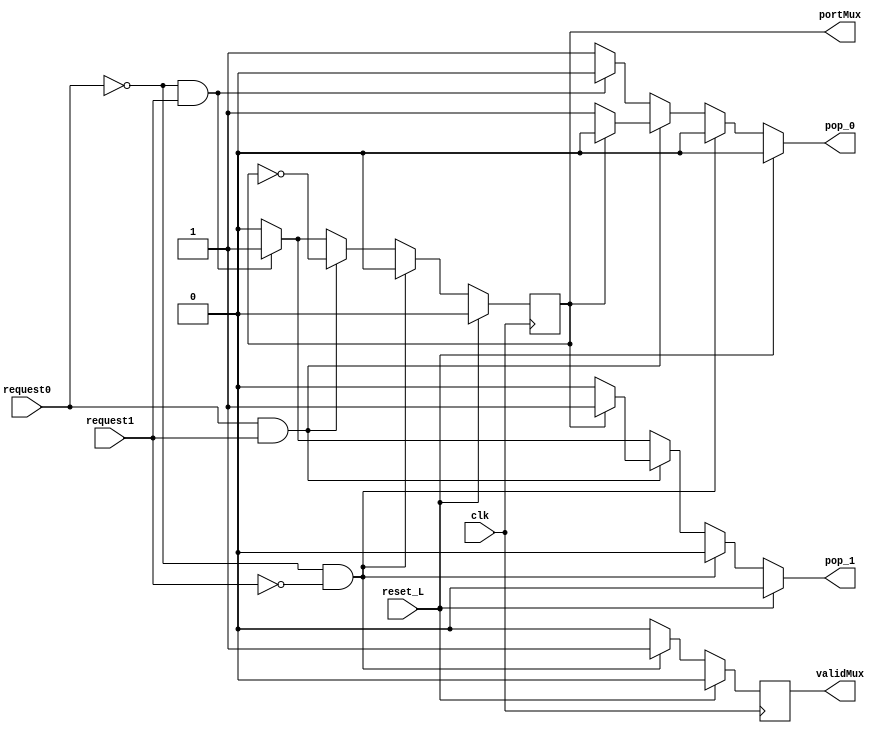
module roundRobin ( input clk,
                    input reset_L,
                    input request0,
                    input request1,
                    output reg portMux,
                    output reg validMux,
                    output reg pop_0,
                    output reg pop_1);

  reg valid;
  always @ (posedge clk) begin
    if (reset_L) begin
      portMux <= 0;
      validMux <= 0;
    end
    else begin
      if(valid) begin
        validMux <= 0;

        if(request0 && request1)
          portMux <= ~portMux;
        else begin
          portMux <= 0;
          if (~request0 && request1)
            portMux <= 1;
        end

      end
      else begin
        validMux <= 1;
        portMux <= 0;
      end

    end

  end

  always @ (*) begin
    if(~request0 && ~request1)
      valid = 0;
    else
      valid = 1;

    if (reset_L) begin
      pop_0 = 0;
      pop_1 = 0;

    end
    else begin
      if(valid) begin
 	if(request0 && request1) begin
         if(portMux) begin
            pop_1 = 1;
            pop_0 = 0;
          end
          else begin
            pop_1 = 0;
            pop_0 = 1;

          end

	end
	else begin
	    if (~request0 && request1) begin
            	pop_1 = 1;
            	pop_0 = 0;
          end else begin
		pop_1 = 0;
            	pop_0 = 1;
	    end

	end

      end
      else begin
	pop_0 = 0;
        pop_1 = 0;

      end

    end

  end

endmodule //arbitro